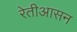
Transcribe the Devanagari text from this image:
रेतीआसन